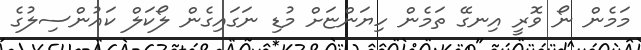
މަމެން ނޯ ވޮރީ އިނގޭ ތަމެން ހިޔަންޏަށް މުޑި ނަގައިގެން ލޯކަލް ކައުންސިލުގެ